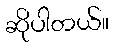
ဆိုပါတယ်။